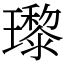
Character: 瓈